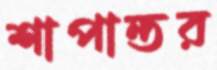
শাপান্তর